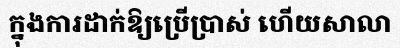
ក្នុងការដាក់ឱ្យប្រើប្រាស់ ហើយសាលា